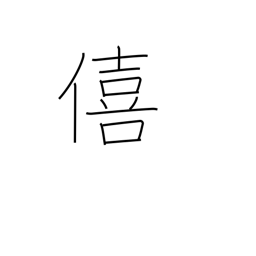
Meaning: enjoyment